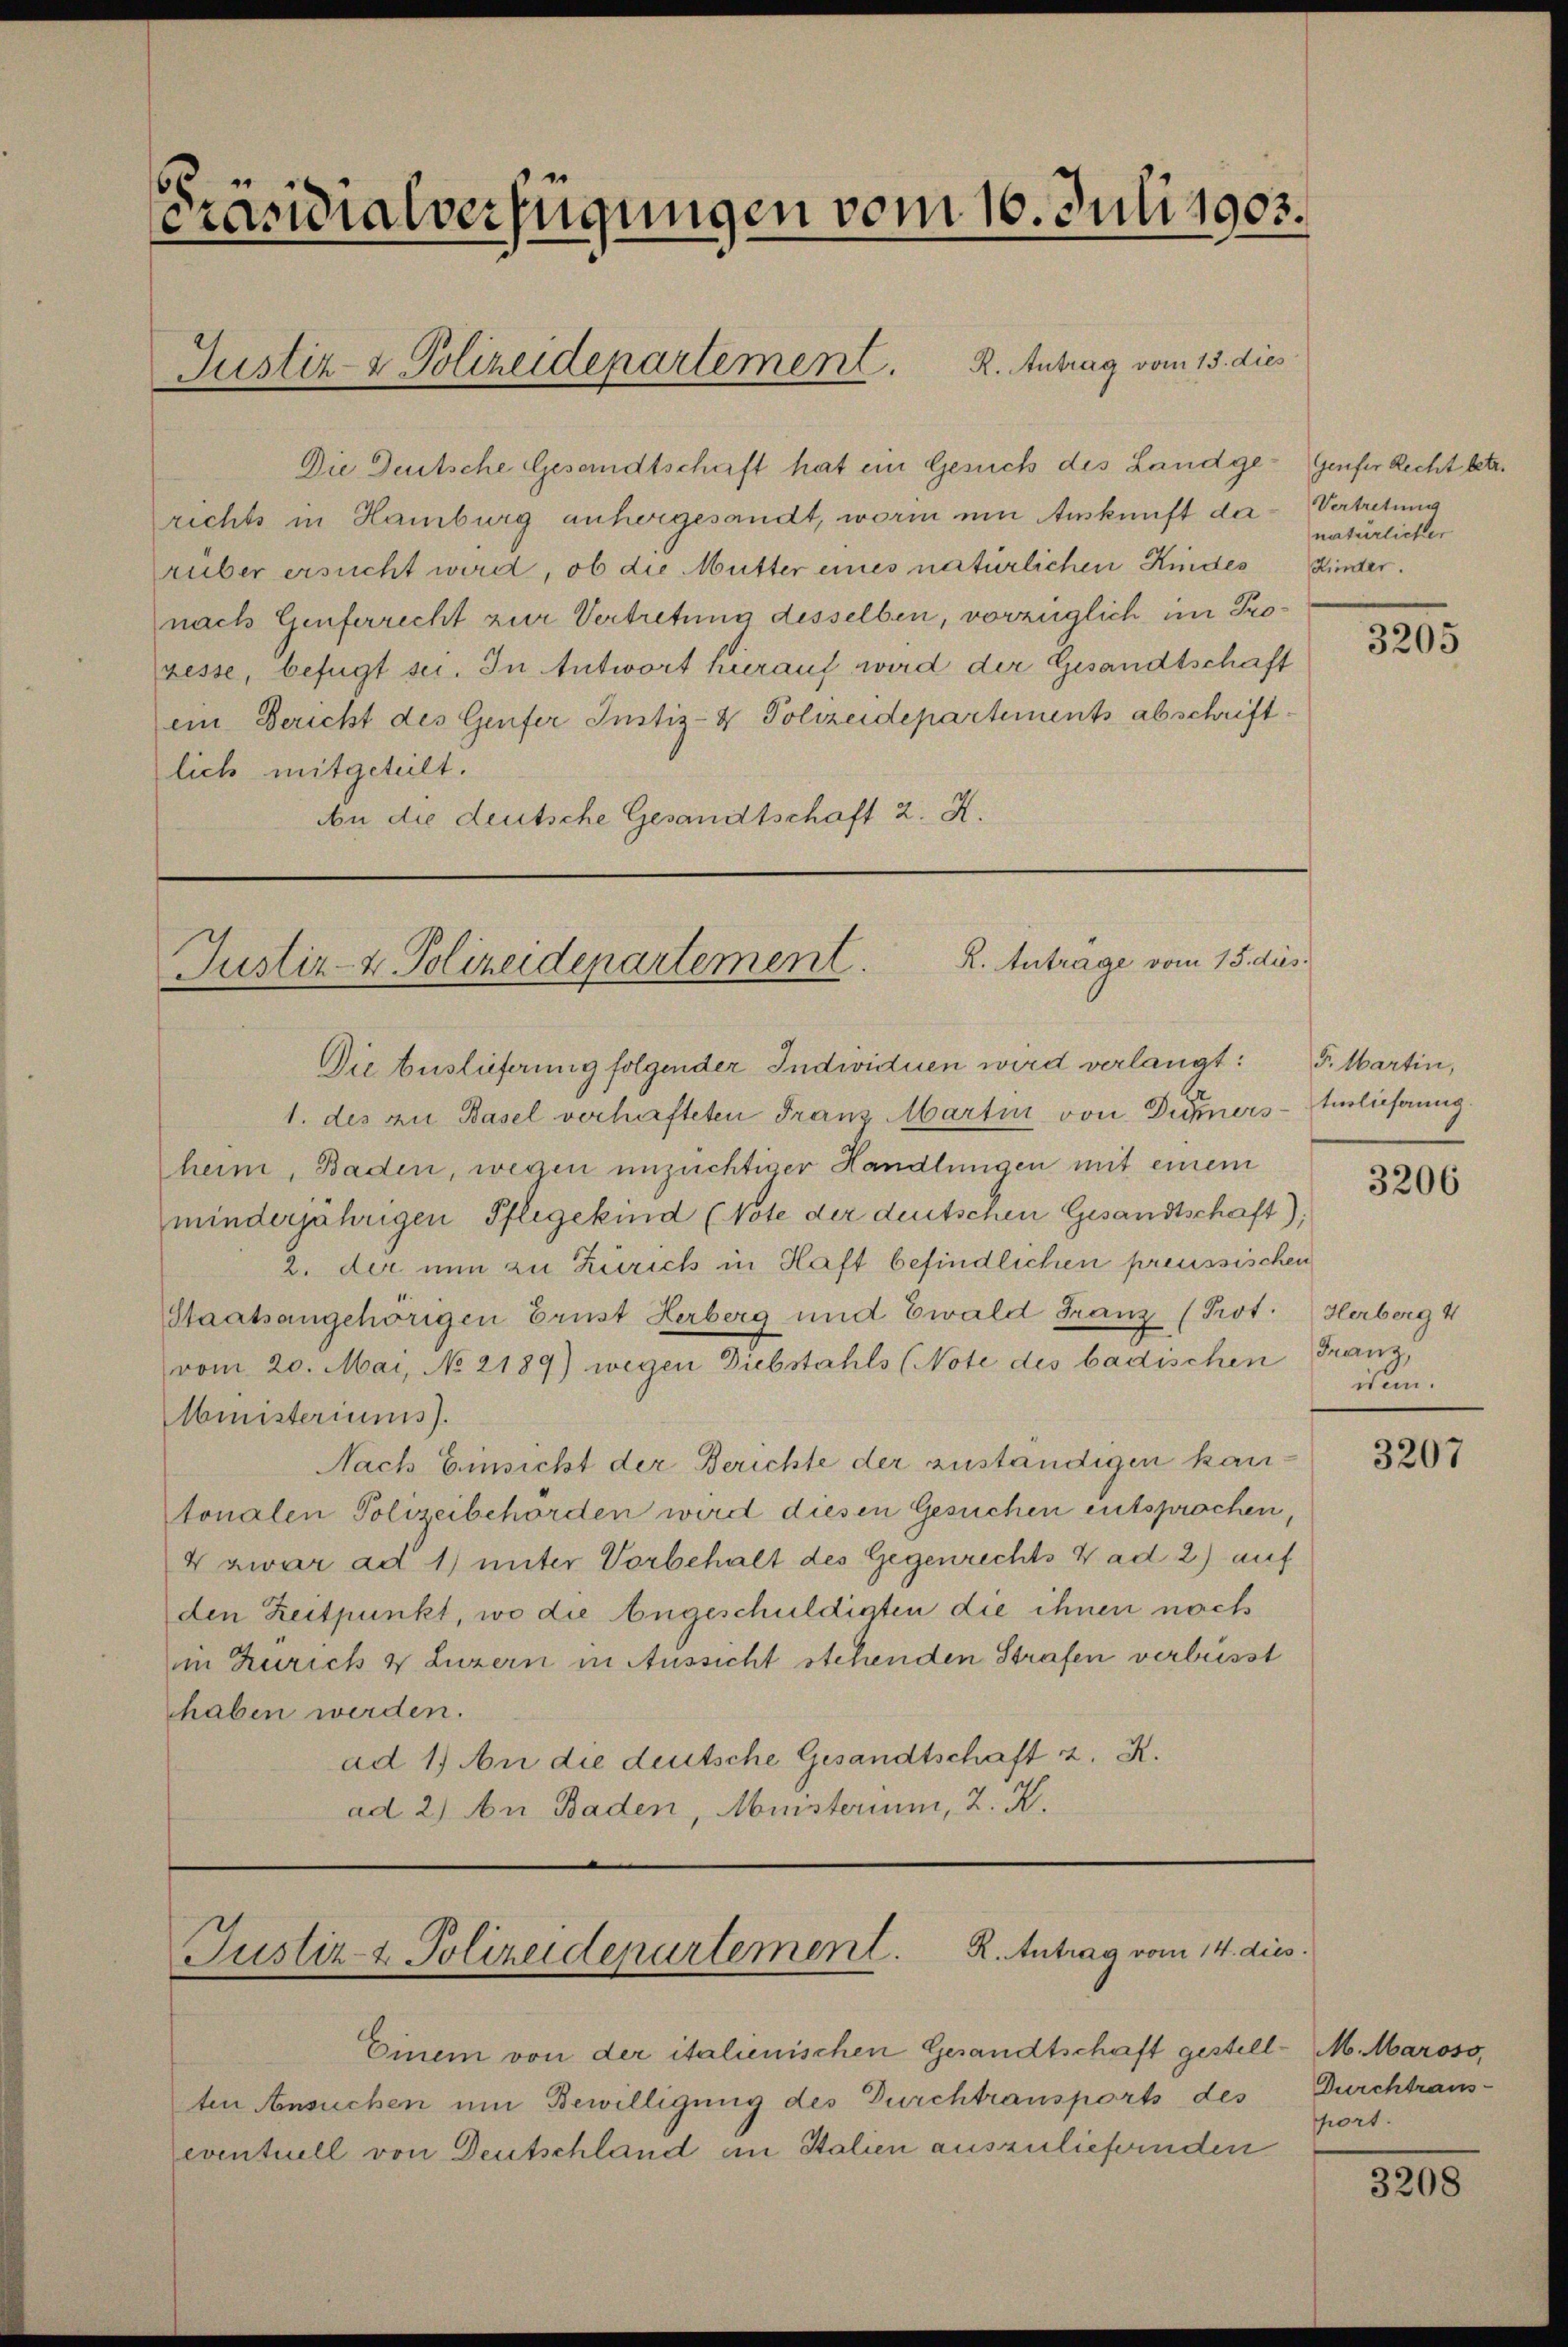
6
Präsidialverfügungen vom 16. Juli 1903.

Die Deutsche Gesandtschaft hat ein Gesuch des Landge-Genfer Recht betr.
richts in Hamburg anhergesandt, worin um Auskunft der Vertretung
rüber ersucht wird, ob die Mutter eines natürlichen Kindes Hinter.
nach Genferrecht zur Vertretung desselben, vorzüglich im Proresse, befügt sei. In Antwort hierauf wird der Gesandtschaft
ein Bericht des Genfer Justiz- & Polizeidepartements abschriftlich mitgeteilt.
An die deutsche Gesandtschaft 2. X.

Justiz- & Polizeidepartement. 2. Antrag vom 13. dies

Die Auslieferung folgender Individuen wird verlangt:
1. des zu Basel verhafteten Franz artin von Dümers - Einlieferung.
heim, Baden, wegen unzüchtiger Handlungen mit einem
minderjährigen Pflegekind (Note der deutschen Gesandtschaft
2. der nun zu Zürich in Haft befindlichen preussischen
Staatsangehörigen Brust Herberg und Ewald Franz (Prot. Herberg 4
vom 20. Mai, No 2189) wegen Diebstahls (Note des badischen Franz,
Ministeriums.
Nach Einsicht der Berichte der zuständigen kantonalen Polizeibehörden wird diesen Gesuchen entsprochen,
4 zwar ad 1) unter Vorbehalt des Gegenrechts W ad 2) auf
den Zeitpunkt, wo die Angeschuldigten die ihnen noch
in Zürich & Luzern in Aussicht stehenden Strafen verbüsst
haben werden.
ad 1. An die deutsche Gesandtschaft z. R.
ad 2) An Baden, Minsterium, 2. K.

Einem von der italienischen Gesandtschaft gestell-M.Maross,
ten Ansuchen um Bewilligung des Durchtransports des Durchtraus-
eventuell von Deutschland im Stalien auszuliefernden

R. Antrage vom 15. dus.
Justiz- & Polizeidepartement

Justiz- & Polizeidepartement. R. Antrag vom 14. dies

natürlicher

3205

F. Martin,

3206

item.

3207

port.

3208